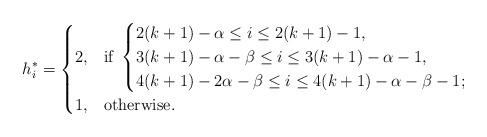
LaTeX: \begin{align*}h^*_i =\begin{cases}2, & \mbox{if } \begin{cases}2(k+1)-\alpha \leq i \leq 2(k+1)-1, \,\\3(k+1)-\alpha -\beta \leq i \leq 3(k+1)-\alpha-1,\,\\4(k+1)-2\alpha -\beta \leq i \leq 4(k+1)-\alpha-\beta-1; \,\\\end{cases} \\1, & \mbox{otherwise.} \\\end{cases}\end{align*}